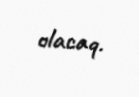
olacaq.